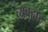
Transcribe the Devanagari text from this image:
व्यवहार